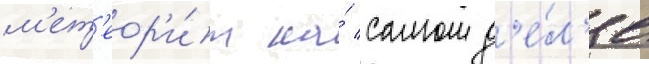
м'ет'еор'и́т на́ самом д'е́л'е